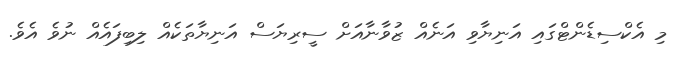
މި އެކްސިޑެންޓްގައި އަނިޔާވި އަނެއް ޒުވާނާއަށް ސީރިޔަސް އަނިޔާތަކެއް ލިބިފައެއް ނުވެ އެވެ.